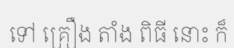
ទៅ គ្រឿង តាំង ពិធី នោះ ក៏